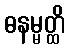
ဓနမ္မတ္ထိ